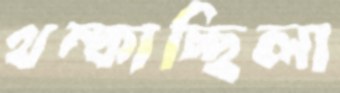
থম্‌কাচ্ছিলা